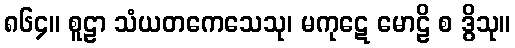
၈၆၄။ စူဠာ သံယတကေသေသု၊ မကုဋေ မောဠိ စ ဒွိသု။